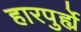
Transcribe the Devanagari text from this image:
हारपुर्ह्ये